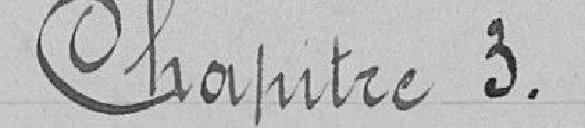
Chapitre 3.